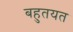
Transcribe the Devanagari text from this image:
बहुतयत